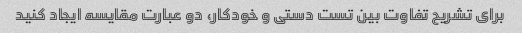
برای تشریح تفاوت بین تست دستی و خودکار، دو عبارت مقایسه ایجاد کنید